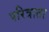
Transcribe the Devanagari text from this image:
परित्राता